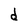
Character: d